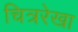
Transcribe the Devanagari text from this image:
चित्ररेखा